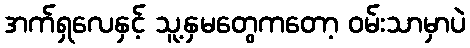
အက်ရှလေနှင့် သူ့နှမတွေကတော့ ဝမ်းသာမှာပဲ